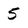
Character: 5